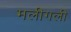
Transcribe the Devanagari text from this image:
मलीगली